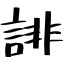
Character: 誹